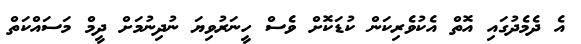
އެ ދެމެދުގައި އޮތް އެކުވެރިކަން ކުޑަކޮށް ވެސް ހީނަރުވިޔަ ނުދިނުމަށް ދީމް މަސައްކަތް